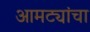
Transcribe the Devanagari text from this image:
आमट्यांचा